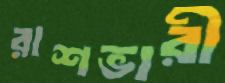
রাশভারী